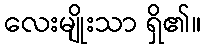
လေးမျိုးသာ ရှိ၏။